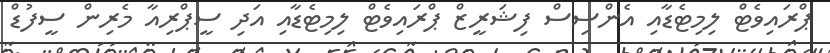
ޕްރައިވެޓް ލިމިޓެޑާއި އެންސިސް ފިޝަރީޒް ޕްރައިވެޓް ލިމިޓެޑާއި އަދި ސީޕްރިއާ މެރިން ސީފުޑް